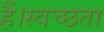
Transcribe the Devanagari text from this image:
हैं।स्वच्छता